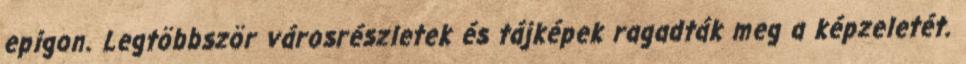
epigon. Legtöbbször városrészletek és tájképek ragadták meg a képzeletét.